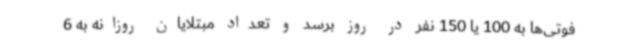
فوتی‌ها به 100 یا 150 نفر در روز برسد و تعداد مبتلایان روزانه به 6